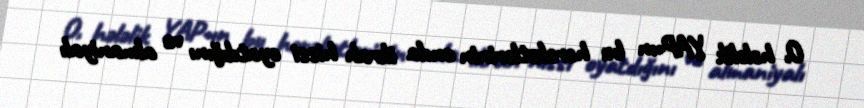
O, hələlik YAP-ın bu hərəkətlərinin onda ikrah hissi oyatdığını və almaniyalı